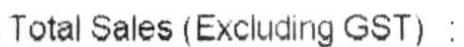
TOTAL SALES (EXCLUDING GST) :